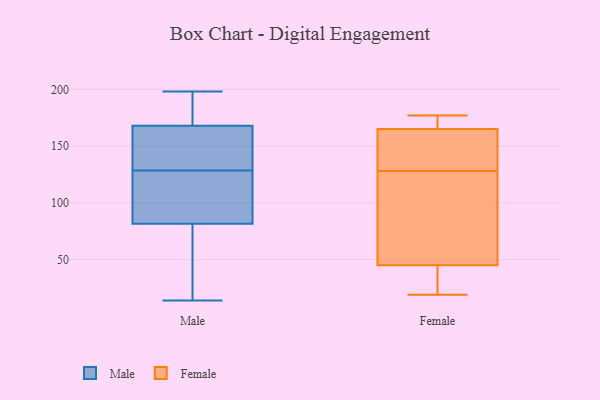
{"axis": {"x": "Headcount", "y": "Value"}, "legend": ["Female", "Male"], "data": [{"x": "", "y": 129, "type": "Male"}, {"x": "", "y": 76, "type": "Male"}, {"x": "", "y": 155, "type": "Male"}, {"x": "", "y": 198, "type": "Male"}, {"x": "", "y": 119, "type": "Male"}, {"x": "", "y": 50, "type": "Male"}, {"x": "", "y": 191, "type": "Male"}, {"x": "", "y": 166, "type": "Male"}, {"x": "", "y": 128, "type": "Male"}, {"x": "", "y": 110, "type": "Male"}, {"x": "", "y": 190, "type": "Male"}, {"x": "", "y": 134, "type": "Male"}, {"x": "", "y": 118, "type": "Male"}, {"x": "", "y": 197, "type": "Male"}, {"x": "", "y": 170, "type": "Male"}, {"x": "", "y": 144, "type": "Male"}, {"x": "", "y": 73, "type": "Male"}, {"x": "", "y": 14, "type": "Male"}, {"x": "", "y": 62, "type": "Male"}, {"x": "", "y": 87, "type": "Male"}, {"x": "", "y": 45, "type": "Female"}, {"x": "", "y": 145, "type": "Female"}, {"x": "", "y": 43, "type": "Female"}, {"x": "", "y": 177, "type": "Female"}, {"x": "", "y": 19, "type": "Female"}, {"x": "", "y": 127, "type": "Female"}, {"x": "", "y": 165, "type": "Female"}, {"x": "", "y": 129, "type": "Female"}, {"x": "", "y": 75, "type": "Female"}, {"x": "", "y": 172, "type": "Female"}]}